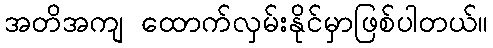
အတိအကျ ထောက်လှမ်းနိုင်မှာဖြစ်ပါတယ်။